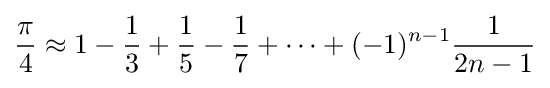
{\frac {\pi }{4}}\approx 1-{\frac {1}{3}}+{\frac {1}{5}}-{\frac {1}{7}}+\cdots +(-1)^{n-1}{\frac {1}{2n-1}}